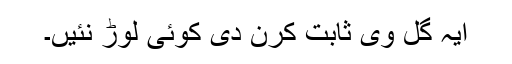
ایہ گل وی ثابت کرن دی کوئی لوڑ نئیں۔